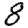
Digit: 8